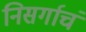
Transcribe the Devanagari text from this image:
निसर्गाचं